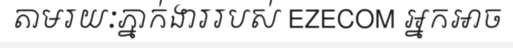
តាមរយៈភ្នាក់ងាររបស់ EZECOM អ្នកអាច